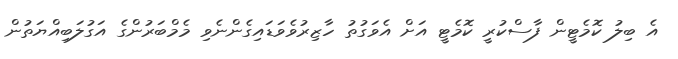
އެ ބިލު ކޮމެޓީން ފާސްކުރީ ކޮމެޓީ އަށް އެވަގުތު ހާޒިރުވެވަޑައިގެންނެވި މެމްބަރުންގެ އަގުލަބިއްޔަތުން